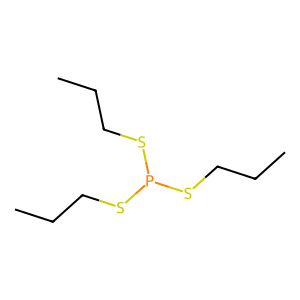
SMILES: CCCSP(SCCC)SCCC
Inhibits HIV replication: No